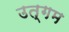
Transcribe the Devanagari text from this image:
उत्गम